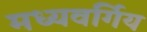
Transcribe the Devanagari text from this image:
मध्यवर्गिय